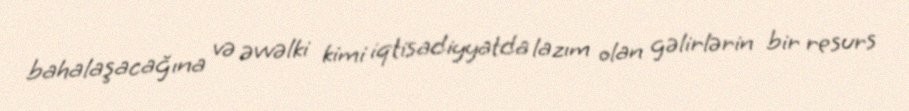
bahalaşacağına və əvvəlki kimi iqtisadiyyatda lazım olan gəlirlərin bir resurs